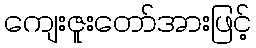
ကျေးဇူးတော်အားဖြင့်